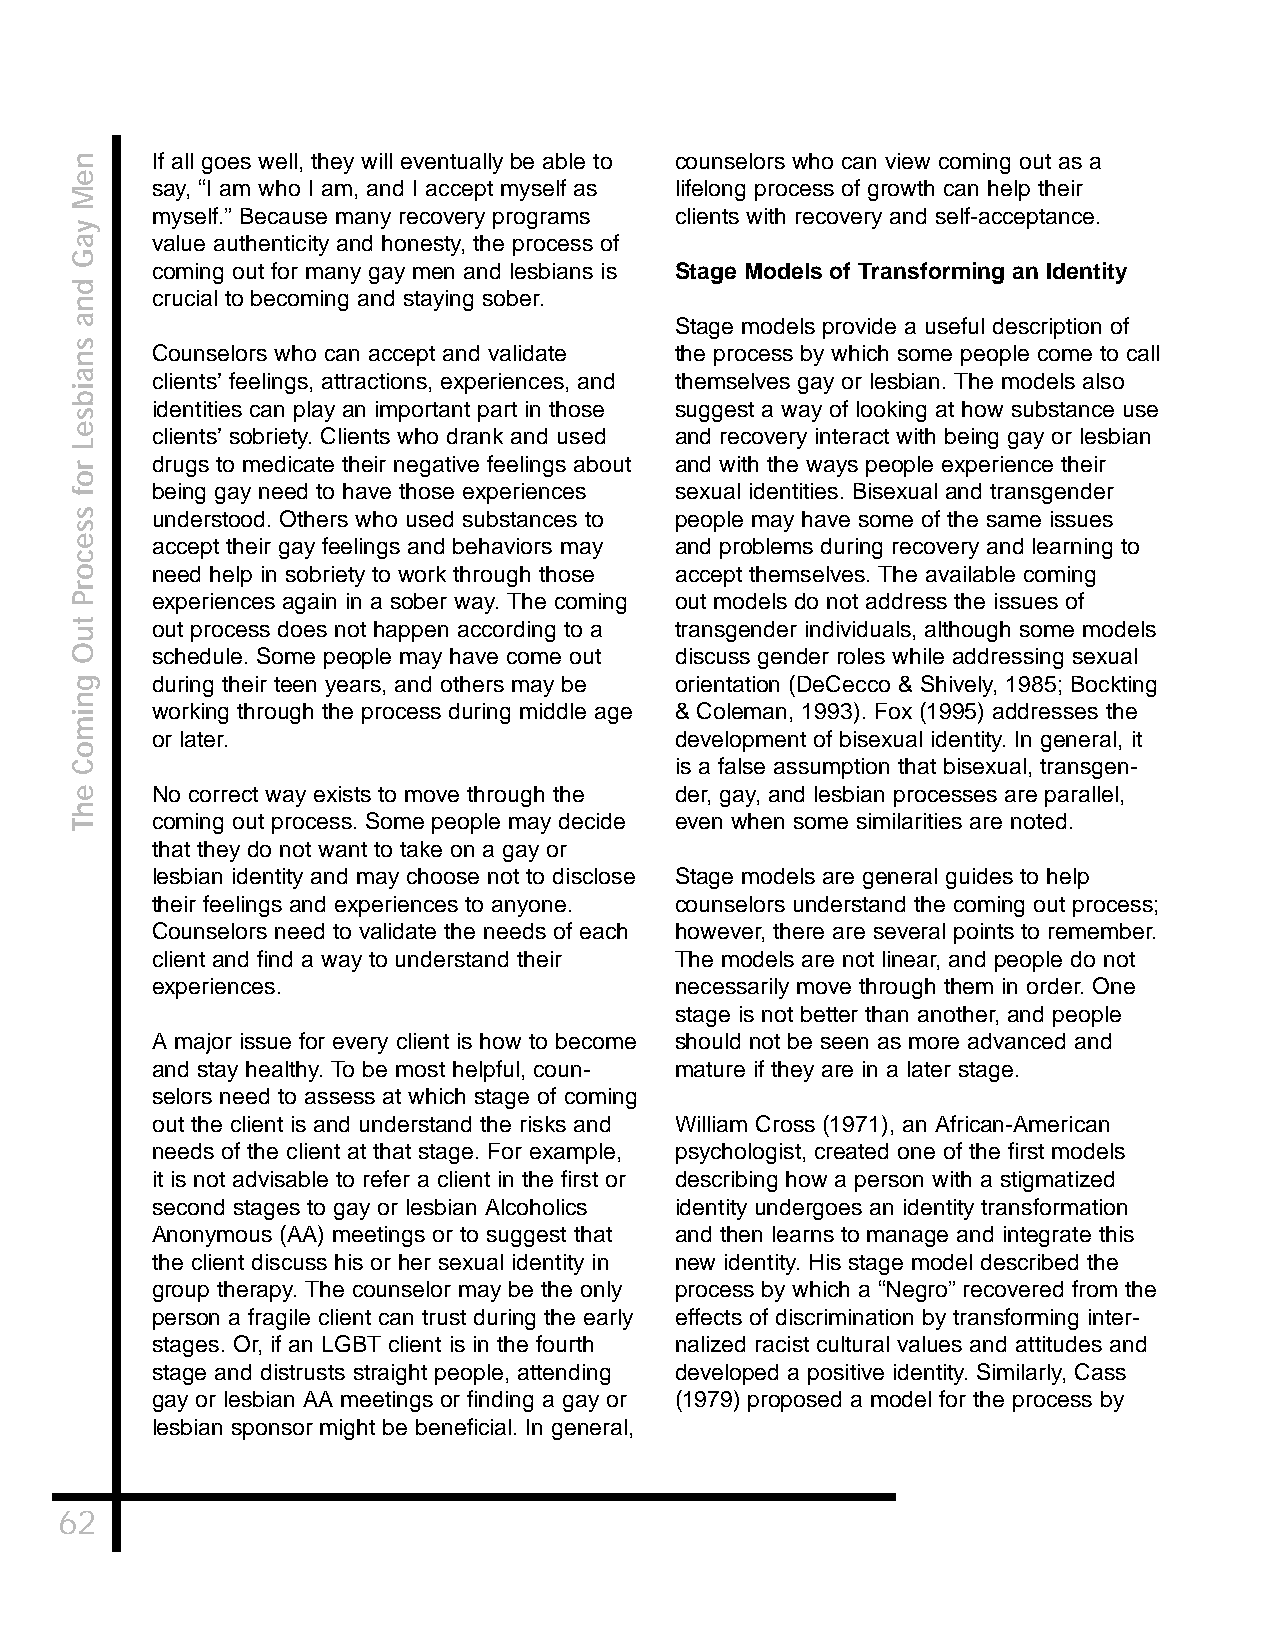
If all goes well, they will eventually be able to counselors who can view coming out as a
 say, “I am who I am, and I accept myself as lifelong process of growth can help their
 myself.” Because many recovery programs clients with recovery and self-acceptance.
 value authenticity and honesty, the process of
 coming out for many gay men and lesbians is Stage Models of Transforming an Identity
 crucial to becoming and staying sober.
 Stage models provide a useful description of
 Counselors who can accept and validate the process by which some people come to call
 clients’ feelings, attractions, experiences, and themselves gay or lesbian. The models also
 identities can play an important part in those suggest a way of looking at how substance use
 clients’ sobriety. Clients who drank and used and recovery interact with being gay or lesbian
 drugs to medicate their negative feelings about and with the ways people experience their
 being gay need to have those experiences sexual identities. Bisexual and transgender
 understood. Others who used substances to people may have some of the same issues
 accept their gay feelings and behaviors may and problems during recovery and learning to
 need help in sobriety to work through those accept themselves. The available coming
 experiences again in a sober way. The coming out models do not address the issues of
 out process does not happen according to a transgender individuals, although some models
 schedule. Some people may have come out discuss gender roles while addressing sexual
 during their teen years, and others may be orientation (DeCecco & Shively, 1985; Bockting
 working through the process during middle age & Coleman, 1993). Fox (1995) addresses the
 or later.                          development of bisexual identity. In general, it
 is a false assumption that bisexual, transgen-
 No correct way exists to move through the der, gay, and lesbian processes are parallel,
 coming out process. Some people may decide even when some similarities are noted.
 that they do not want to take on a gay or
 lesbian identity and may choose not to disclose Stage models are general guides to help
 their feelings and experiences to anyone. counselors understand the coming out process;
 Counselors need to validate the needs of each however, there are several points to remember.
 client and find a way to understand their The models are not linear, and people do not
 experiences.                       necessarily move through them in order. One
 stage is not better than another, and people
 A major issue for every client is how to become should not be seen as more advanced and
 and stay healthy. To be most helpful, coun- mature if they are in a later stage.
 selors need to assess at which stage of coming
 out the client is and understand the risks and William Cross (1971), an African-American
 needs of the client at that stage. For example, psychologist, created one of the first models
 it is not advisable to refer a client in the first or describing how a person with a stigmatized
 second stages to gay or lesbian Alcoholics identity undergoes an identity transformation
 Anonymous (AA) meetings or to suggest that and then learns to manage and integrate this
 the client discuss his or her sexual identity in new identity. His stage model described the
 group therapy. The counselor may be the only process by which a “Negro” recovered from the
 person a fragile client can trust during the early effects of discrimination by transforming inter-
 stages. Or, if an LGBT client is in the fourth nalized racist cultural values and attitudes and
 stage and distrusts straight people, attending developed a positive identity. Similarly, Cass
 gay or lesbian AA meetings or finding a gay or (1979) proposed a model for the process by
 lesbian sponsor might be beneficial. In general,
 62
 neM
 yaG
 dna
 snaibseL
 rof
 ssecorP
 tuO
 gnimoC
 ehT